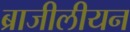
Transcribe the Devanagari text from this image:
ब्राजीलीयन